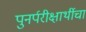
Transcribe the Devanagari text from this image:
पुनर्परीक्षार्थीचा